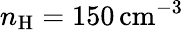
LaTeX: n_{\mathrm{H}}=150\, \mathrm{cm}^{-3}